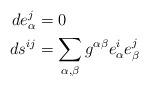
LaTeX: \begin{align*}d e_\alpha^j &= 0 \\d s^{ij} &= \sum_{\alpha,\beta} g^{\alpha\beta} e_\alpha^i e_\beta^j\end{align*}